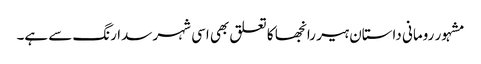
مشہور رومانی داستان ہیر رانجھا کا تعلق بھی اسی شہر سدا رنگ سے ہے۔